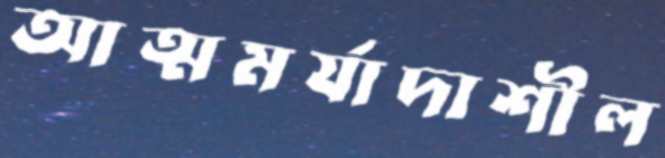
আত্মমর্যাদাশীল